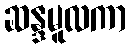
ဆန္ဒမူလကာ